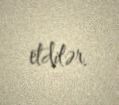
etdilər.